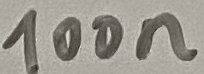
Text: 100n